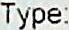
TYPE: